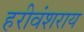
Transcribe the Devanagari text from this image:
हरीवंशराय